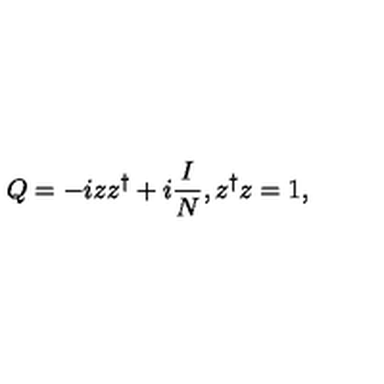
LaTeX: Q = - i z z ^ { \dagger } + i \frac { I } { N } , z ^ { \dagger } z = 1 ,